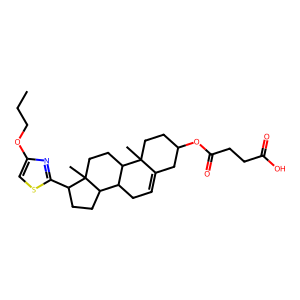
SMILES: CCCOc1csc(C2CCC3C4CC=C5CC(OC(=O)CCC(=O)O)CCC5(C)C4CCC23C)n1
Inhibits HIV replication: No